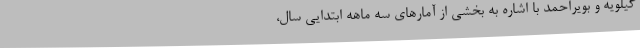
گیلویه و بویراحمد با اشاره به بخشی از آمارهای سه ماهه ابتدایی سال،